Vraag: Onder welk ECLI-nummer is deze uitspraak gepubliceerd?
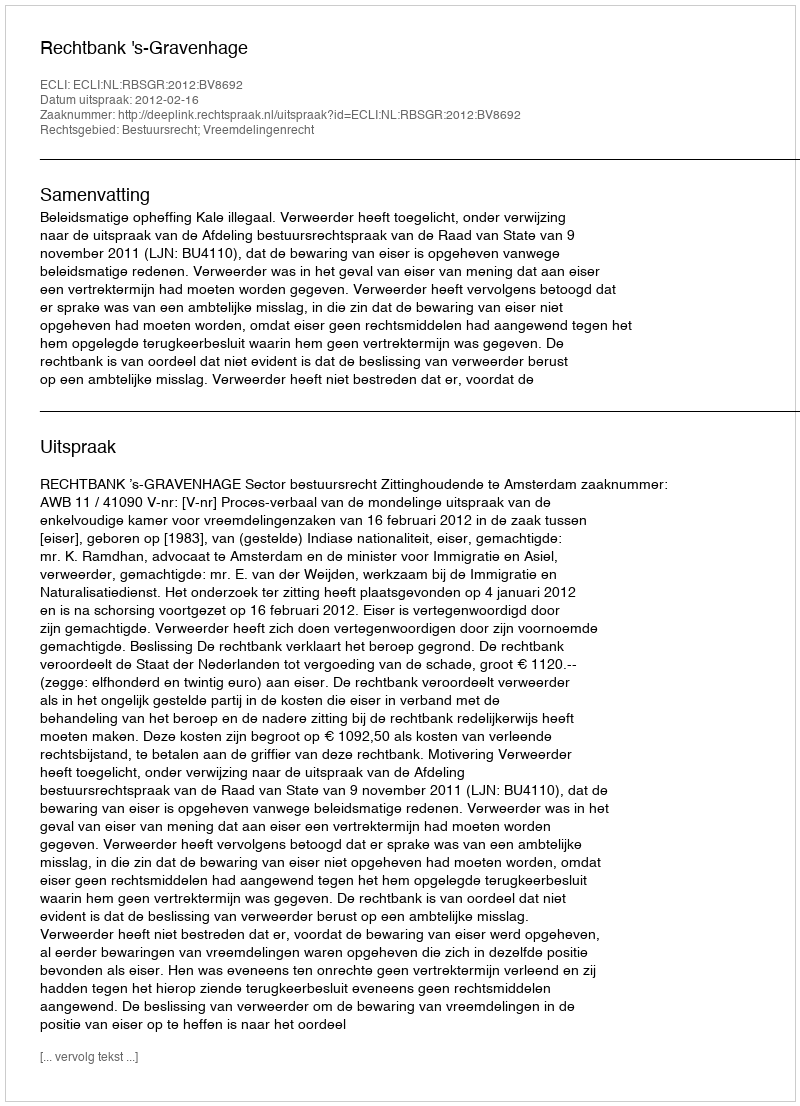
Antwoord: ECLI:NL:RBSGR:2012:BV8692